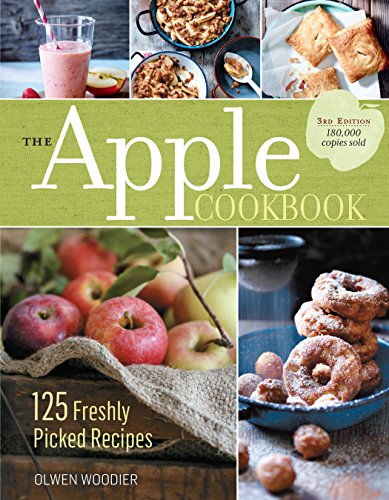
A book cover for The Apple Cookbook, 3rd Edition: 125 Freshly Picked Recipes; Olwen Woodier; Cookbooks, Food & Wine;